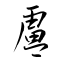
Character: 盧